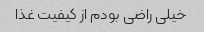
خیلی راضی بودم از کیفیت غذا